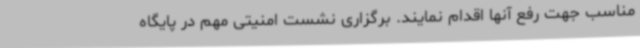
مناسب جهت رفع آنها اقدام نمایند. برگزاری نشست امنیتی مهم در پایگاه